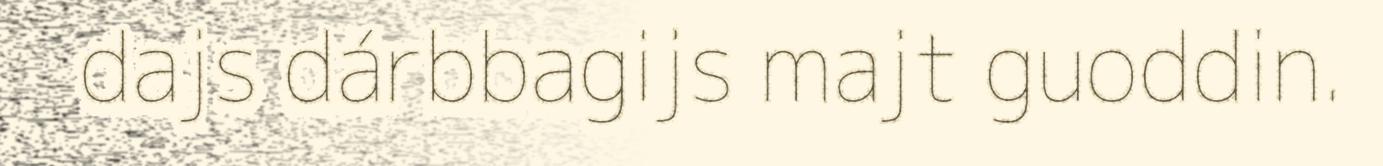
dajs dárbbagijs majt guoddin.